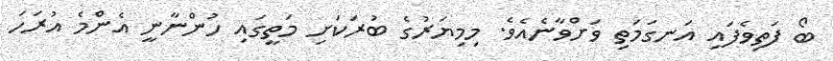
ބޯ ފަތިވެފައި އަނގަމަތި ވަށްވާނެއެވެ. މިމިޔަރުގެ ބުރަކަށި މަތީގައި ހުންނާނީ އެންމެ އުރަހަ